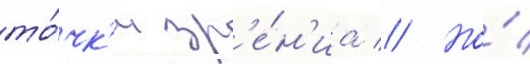
то́чк'и зр'е́н'иа // Но́